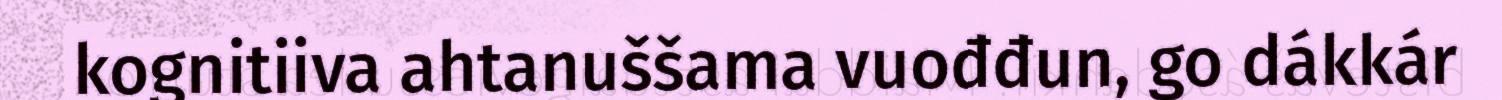
kognitiiva ahtanuššama vuođđun, go dákkár